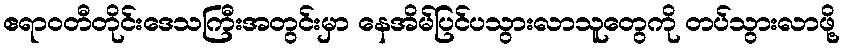
ဧရာဝတီတိုင်းဒေသကြီးအတွင်းမှာ နေအိမ်ပြင်ပသွားလာသူတွေကို တပ်သွားလာဖို့